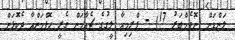
ލަންޑަން (ނޮވެމްބަރު 17) - ޕްރިމިއާ ލީގުގެ ޗެއާމަން ގެރީ ހޮފްމަންއާ ދެކޮޅަށް